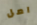
امل